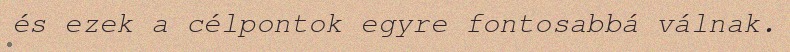
és ezek a célpontok egyre fontosabbá válnak.